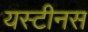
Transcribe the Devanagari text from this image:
यस्टीनस